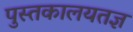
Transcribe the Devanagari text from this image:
पुस्तकालयतज्ञ